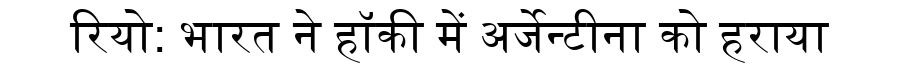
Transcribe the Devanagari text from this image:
रियो: भारत ने हॉकी में अर्जेन्टीना को हराया